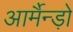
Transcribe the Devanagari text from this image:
आर्मैन्ड़ो